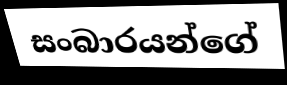
සංබාරයන්ගේ